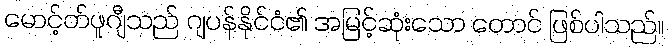
မောင့်တ်ဖူဂျီသည် ဂျပန်နိုင်ငံ၏ အမြင့်ဆုံးသော တောင် ဖြစ်ပါသည်။